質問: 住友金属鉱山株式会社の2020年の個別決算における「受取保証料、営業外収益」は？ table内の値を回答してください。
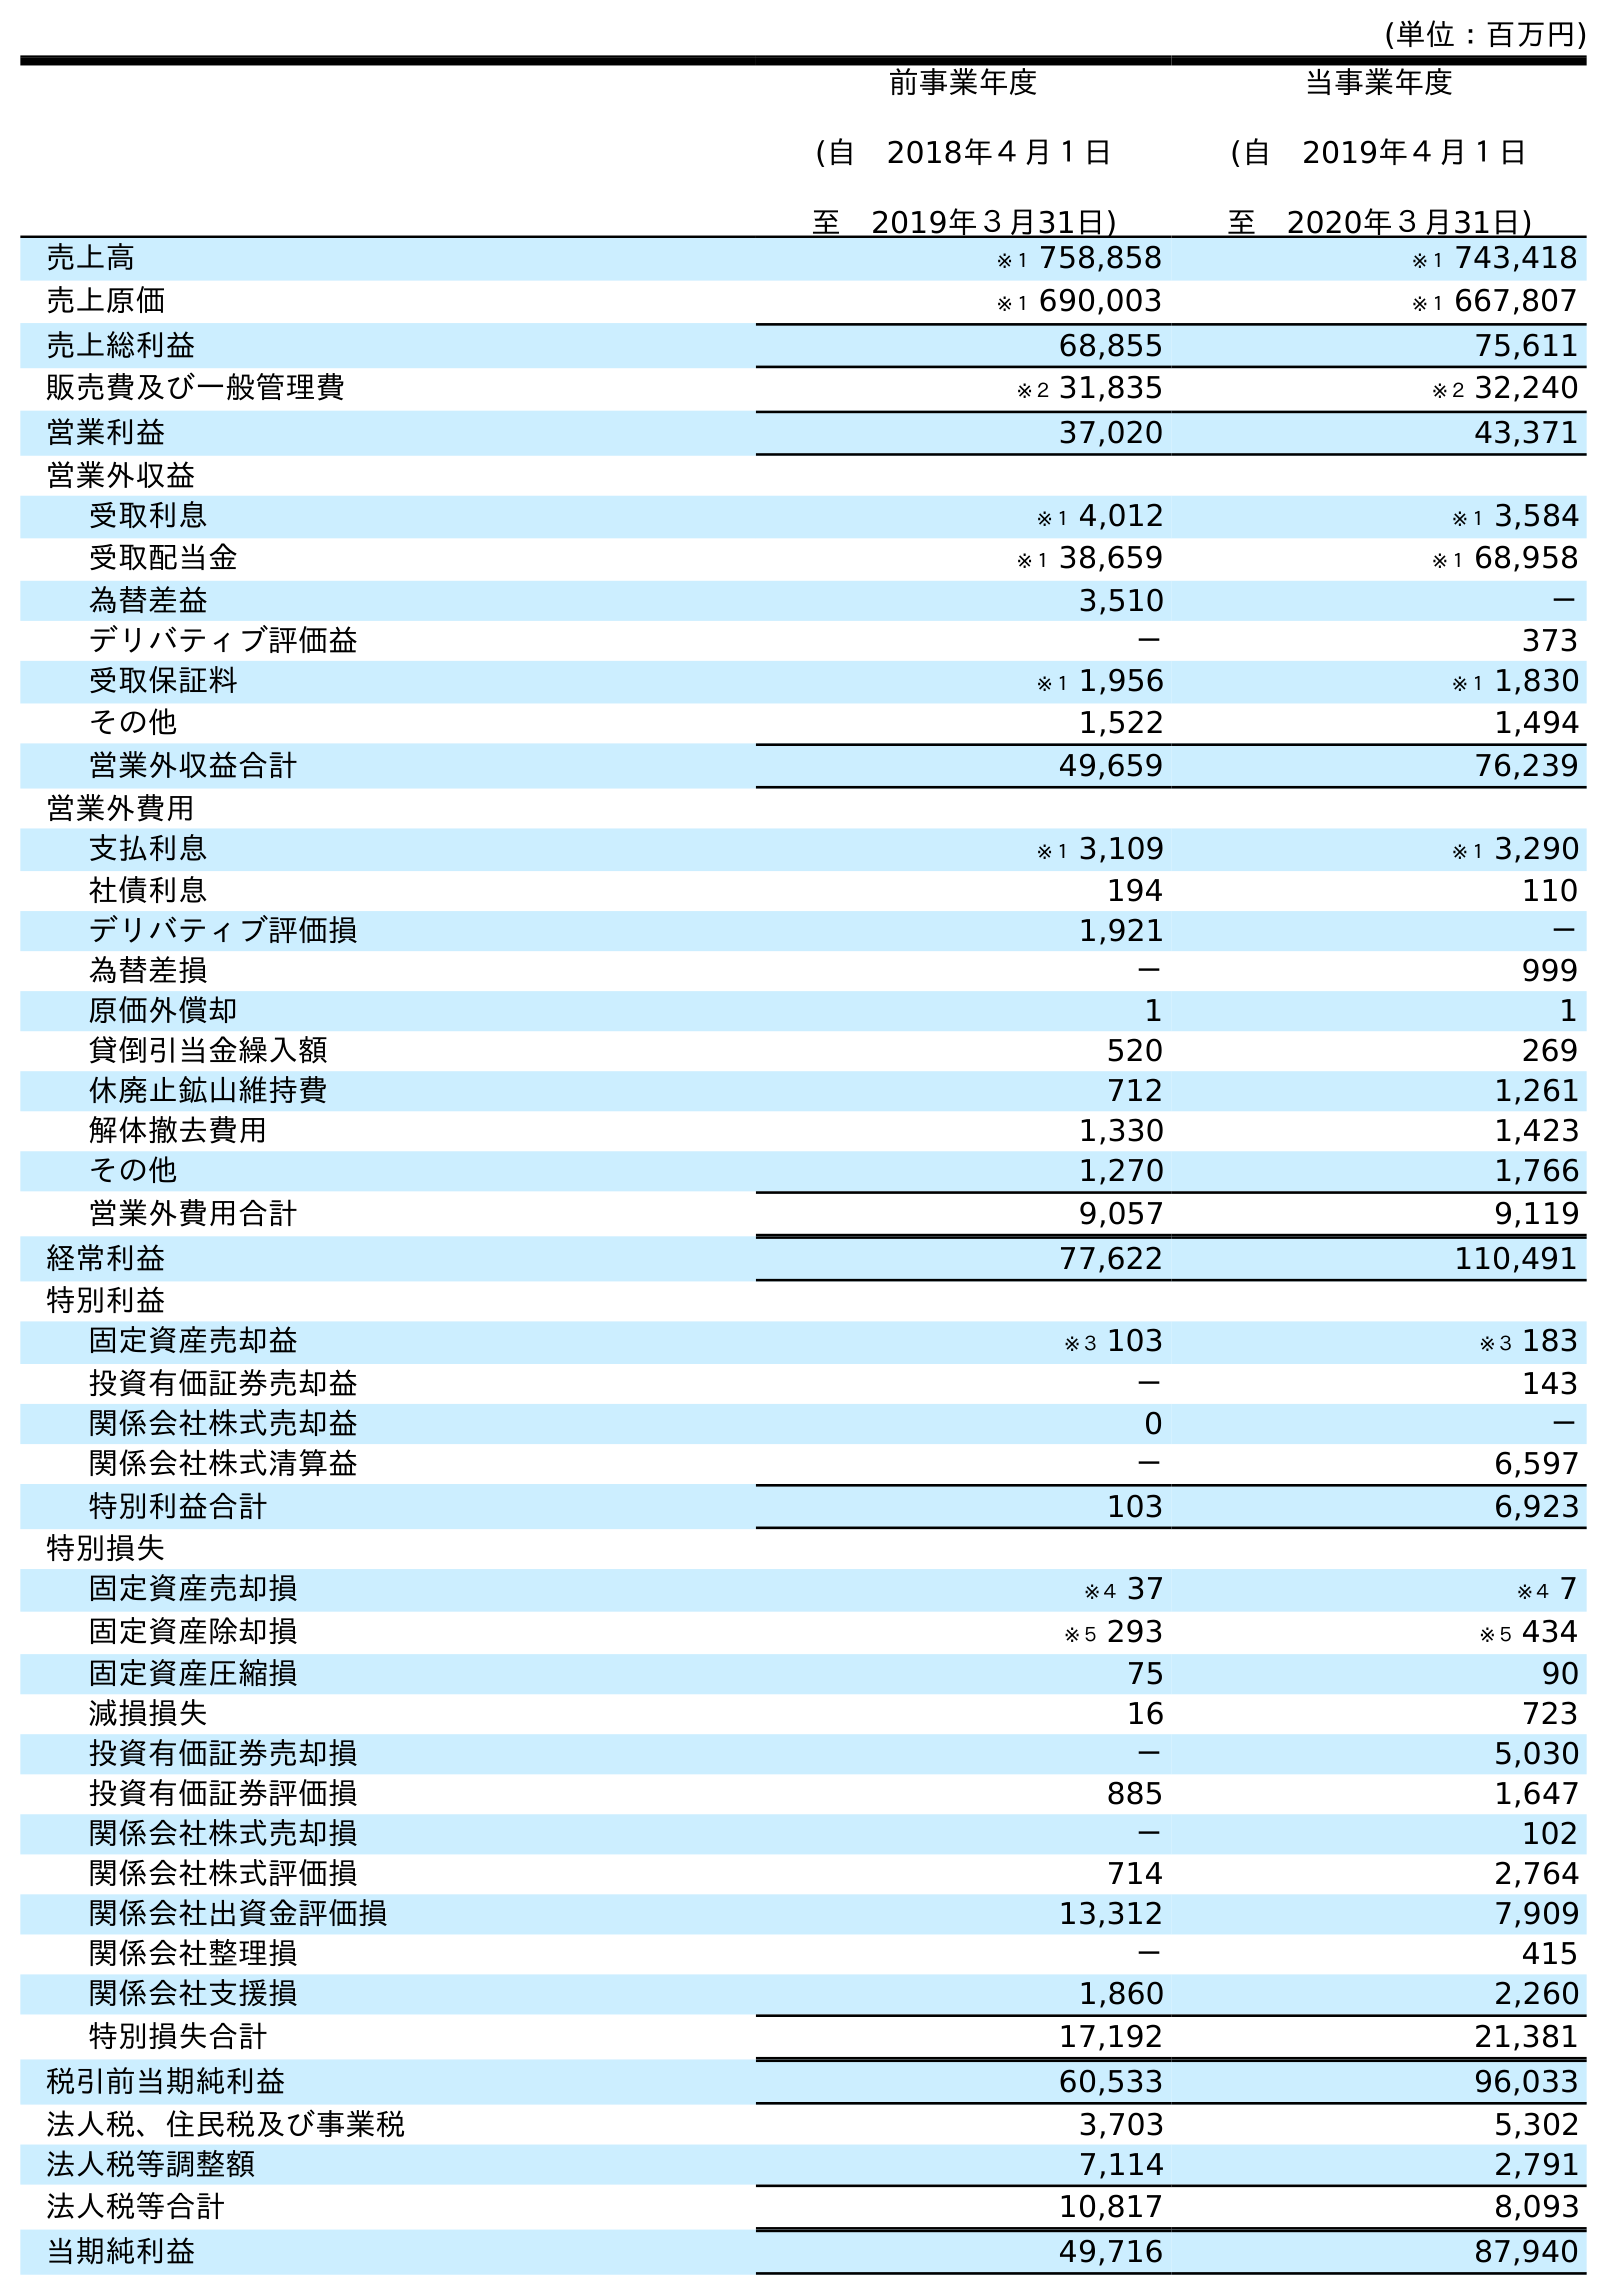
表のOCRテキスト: (単位：百万円) 前事業年度 (自 2018年４月１日 至 2019年３月31日) 当事業年度 (自 2019年４月１日 至 2020年３月31日) 売上高 ※１ 758,858 ※１ 743,418 売上原価 ※１ 690,003 ※１ 667,807 売上総利益 68,855 75,611 販売費及び一般管理費 ※２ 31,835 ※２ 32,240 営業利益 37,020 43,371 営業外収益 受取利息 ※１ 4,012 ※１ 3,584 受取配当金 ※１ 38,659 ※１ 68,958 為替差益 3,510 － デリバティブ評価益 － 373 受取保証料 ※１ 1,956 ※１ 1,830 その他 1,522 1,494 営業外収益合計 49,659 76,239 営業外費用 支払利息 ※１ 3,109 ※１ 3,290 社債利息 194 110 デリバティブ評価損 1,921 － 為替差損 － 999 原価外償却 1 1 貸倒引当金繰入額 520 269 休廃止鉱山維持費 712 1,261 解体撤去費用 1,330 1,423 その他 1,270 1,766 営業外費用合計 9,057 9,119 経常利益 77,622 110,491 特別利益 固定資産売却益 ※３ 103 ※３ 183 投資有価証券売却益 － 143 関係会社株式売却益 0 － 関係会社株式清算益 － 6,597 特別利益合計 103 6,923 特別損失 固定資産売却損 ※４ 37 ※４ 7 固定資産除却損 ※５ 293 ※５ 434 固定資産圧縮損 75 90 減損損失 16 723 投資有価証券売却損 － 5,030 投資有価証券評価損 885 1,647 関係会社株式売却損 － 102 関係会社株式評価損 714 2,764 関係会社出資金評価損 13,312 7,909 関係会社整理損 － 415 関係会社支援損 1,860 2,260 特別損失合計 17,192 21,381 税引前当期純利益 60,533 96,033 法人税、住民税及び事業税 3,703 5,302 法人税等調整額 7,114 2,791 法人税等合計 10,817 8,093 当期純利益 49,716 87,940
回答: ※１1,830